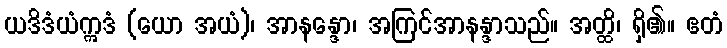
ယဒိဒံယံဣဒံ (ယော အယံ)၊ အာနန္ဒော၊ အကြင်အာနန္ဒာသည်။ အတ္ထိ၊ ရှိ၏။ ဧတံ